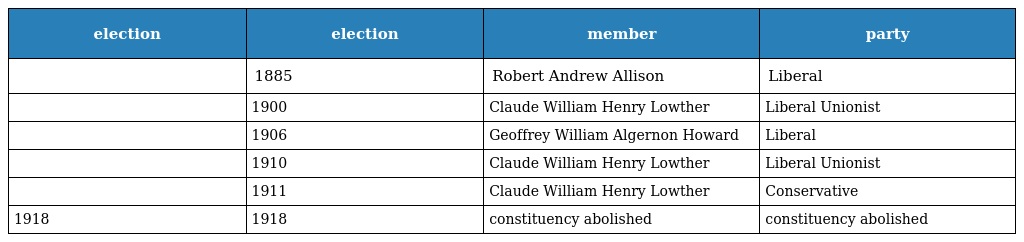
| election | election | member | party |
 | --- | --- | --- | --- |
 |  | 1885 | Robert Andrew Allison | Liberal |
 |  | 1900 | Claude William Henry Lowther | Liberal Unionist |
 |  | 1906 | Geoffrey William Algernon Howard | Liberal |
 |  | 1910 | Claude William Henry Lowther | Liberal Unionist |
 |  | 1911 | Claude William Henry Lowther | Conservative |
 | 1918 | 1918 | constituency abolished | constituency abolished |